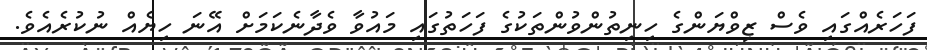
ފަހަރެއްގައި ވެސް ޒިވްޔަންގެ ހިނިތުންވުންތަކުގެ ފަހަތުގައި މައުވާ ވެދާނެކަމަށް އޭނަ ހިޔެއް ނުކުރެއެވެ.